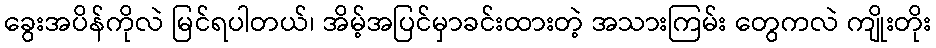
ခွေးအပိန်ကိုလဲ မြင်ရပါတယ်၊ အိမ့်အပြင်မှာခင်းထားတဲ့ အသားကြမ်း တွေကလဲ ကျိုးတိုး